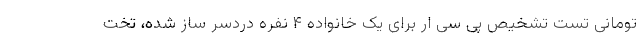
تومانی تست تشخیص پی سی ار برای یک خانواده ۴ نفره دردسر ساز شده، تخت